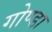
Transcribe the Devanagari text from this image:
गोण्‍डा